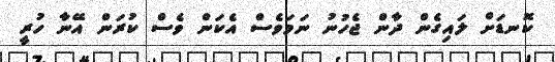
ކޮނޑަށް ލައިގެން ދާން ޖެހުނު ނަމަވެސް އެކަން ވެސް ކުރަން އޭނާ ހުރީ